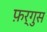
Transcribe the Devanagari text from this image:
फ़र्गुस